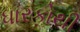
ધારકોથી